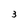
Character: 3